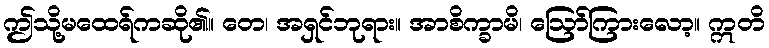
ဤသို့မထေရ်ကဆို၏။ တေ၊ အရှင်ဘုရား။ အာစိက္ခာမိ၊ ဩော်ကြားလော့။ ဣတိ